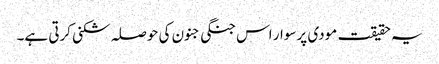
یہ حقیقت مودی پرسوار اس جنگی جنون کی حوصلہ شکنی کرتی ہے۔